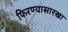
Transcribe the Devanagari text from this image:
फिरण्यासारखा